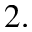
2 .